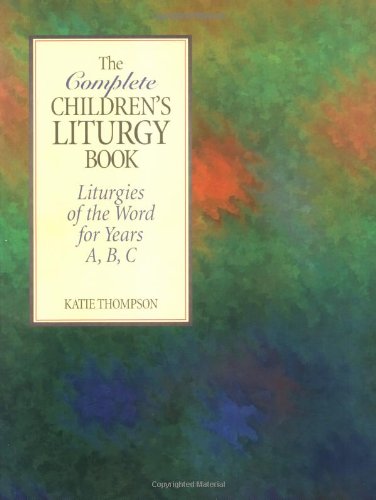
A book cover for The Complete Children's Liturgy Book: Liturgies of the Word for Years A, B, C; Katie Thompson; Christian Books & Bibles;